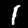
Digit: 1